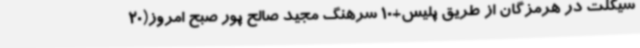
سیکلت در هرمزگان از طریق پلیس+10 سرهنگ مجید صالح پور صبح امروز(20